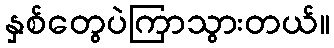
နှစ်တွေပဲကြာသွားတယ်။